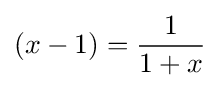
(x-1)={\frac {1}{1+x}}